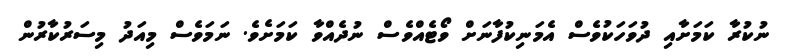
ނުކުރާ ކަމަށާއި ދުވަހަކުވެސް އެމަނިކުފާނަށް ވޯޓެއްވެސް ނުދެއްވާ ކަމަށެވެ. ނަމަވެސް މިއަދު މިސަރުކާރުން